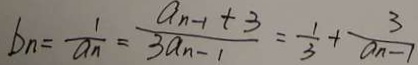
b _ { n } = \frac { 1 } { a _ { n } } = \frac { a _ { n - 1 } + 3 } { 3 a _ { n - 1 } } = \frac { 1 } { 3 } + \frac { 3 } { a _ { n } - 1 }